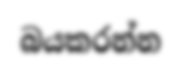
බයකරන්න